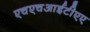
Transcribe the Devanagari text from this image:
एचएचआईटीएए